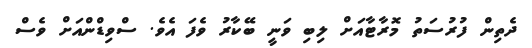
ދެތިން ފުރުސަތު މޮރާޓާއަށް ލިބި ވަނީ ބޭކާރު ވެފަ އެވެ. ސްވިޑްންއަށް ވެސް